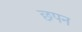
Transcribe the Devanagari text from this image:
छपन